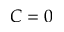
C = 0